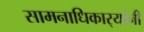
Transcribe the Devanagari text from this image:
सामनाधिकार्‍यांनी